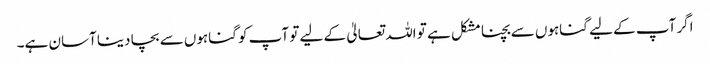
اگر آپ کے لیے گناہوں سے بچنا مشکل ہے تو اللہ تعالیٰ کے لیے تو آپ کو گناہوں سے بچا دینا آسان ہے۔